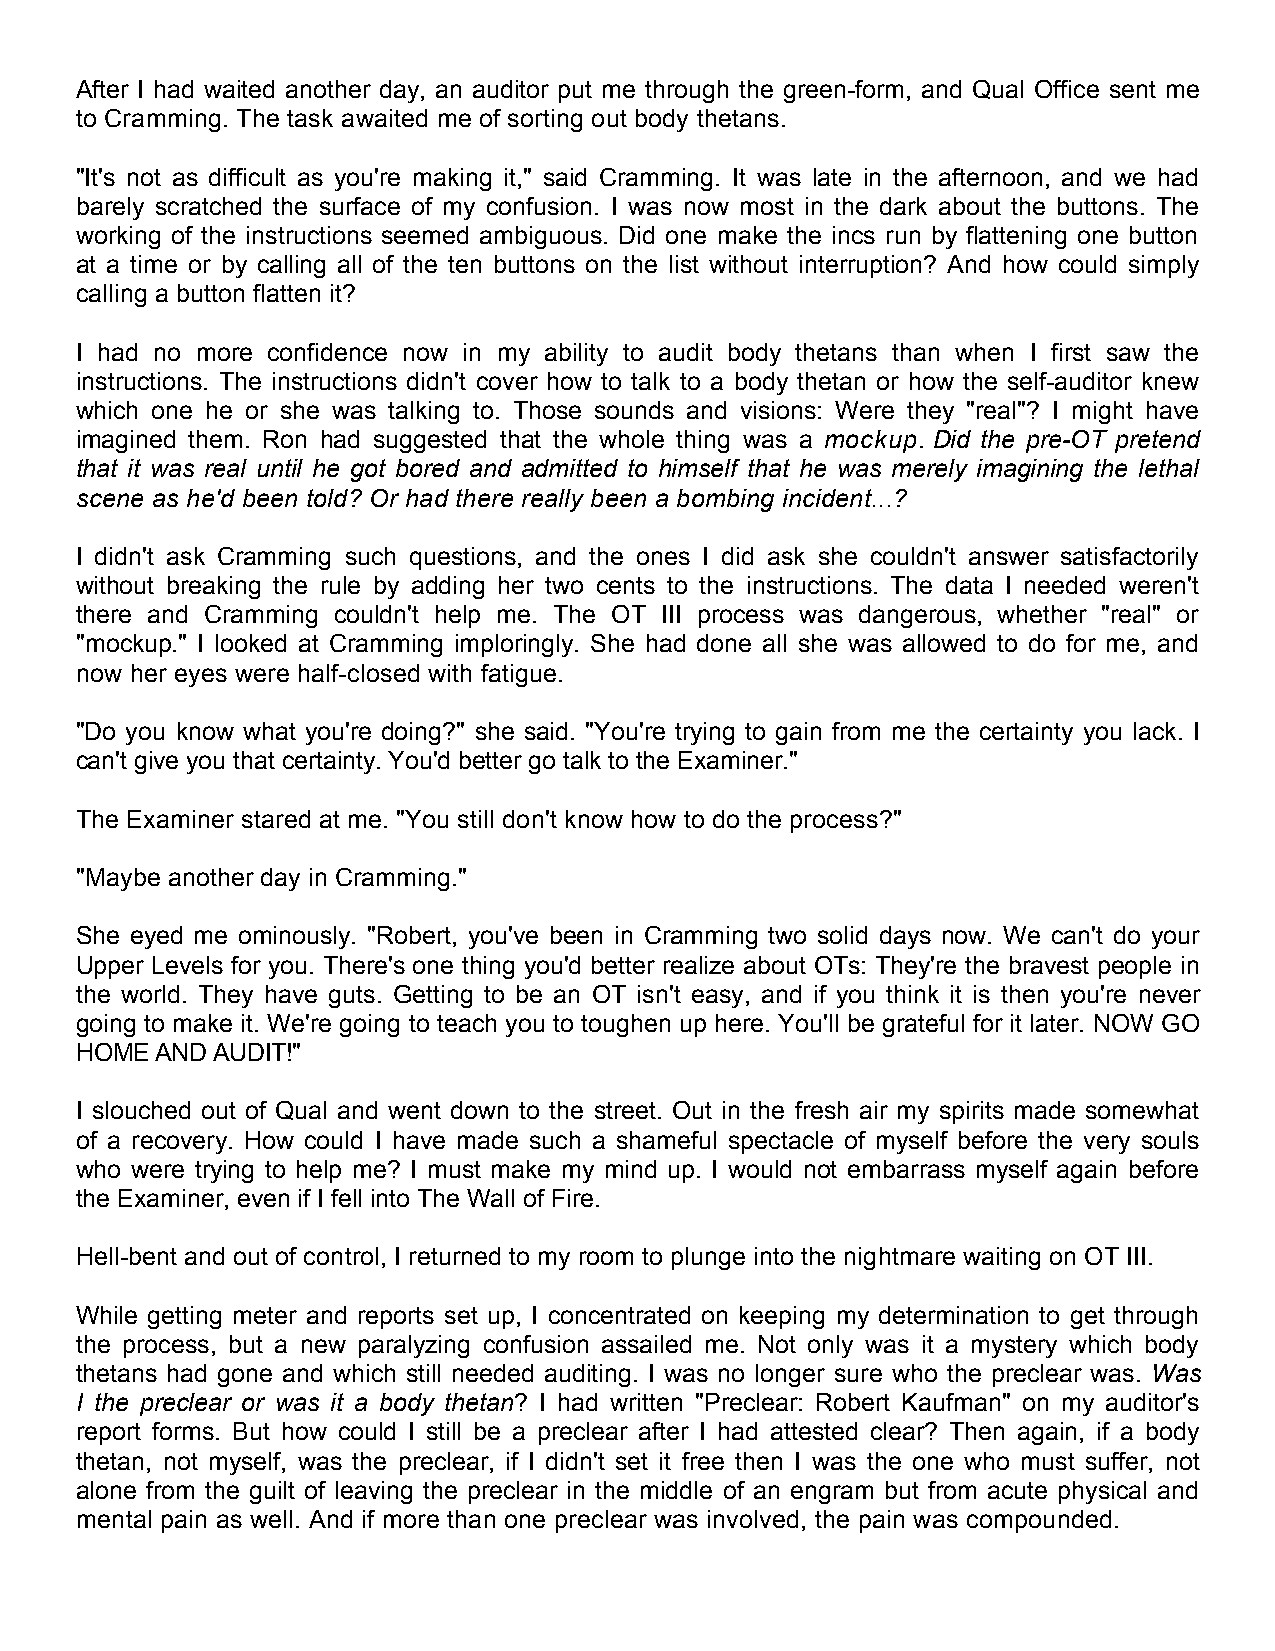
After I had waited another day, an auditor put me through the green-form, and Qual Office sent me
 to Cramming. The task awaited me of sorting out body thetans.
 "It's not as difficult as you're making it," said Cramming. It was late in the afternoon, and we had
 barely scratched the surface of my confusion. I was now most in the dark about the buttons. The
 working of the instructions seemed ambiguous. Did one make the incs run by flattening one button
 at a time or by calling all of the ten buttons on the list without interruption? And how could simply
 calling a button flatten it?
 I had no more confidence now in my ability to audit body thetans than when I first saw the
 instructions. The instructions didn't cover how to talk to a body thetan or how the self-auditor knew
 which one he or she was talking to. Those sounds and visions: Were they "real"? I might have
 imagined them. Ron had suggested that the whole thing was a mockup. Did the pre-OT pretend
 that it was real until he got bored and admitted to himself that he was merely imagining the lethal
 scene as he'd been told? Or had there really been a bombing incident...?
 I didn't ask Cramming such questions, and the ones I did ask she couldn't answer satisfactorily
 without breaking the rule by adding her two cents to the instructions. The data I needed weren't
 there and Cramming couldn't help me. The OT III process was dangerous, whether "real" or
 "mockup." I looked at Cramming imploringly. She had done all she was allowed to do for me, and
 now her eyes were half-closed with fatigue.
 "Do you know what you're doing?" she said. "You're trying to gain from me the certainty you lack. I
 can't give you that certainty. You'd better go talk to the Examiner."
 The Examiner stared at me. "You still don't know how to do the process?"
 "Maybe another day in Cramming."
 She eyed me ominously. "Robert, you've been in Cramming two solid days now. We can't do your
 Upper Levels for you. There's one thing you'd better realize about OTs: They're the bravest people in
 the world. They have guts. Getting to be an OT isn't easy, and if you think it is then you're never
 going to make it. We're going to teach you to toughen up here. You'll be grateful for it later. NOW GO
 HOME AND AUDIT!"
 I slouched out of Qual and went down to the street. Out in the fresh air my spirits made somewhat
 of a recovery. How could I have made such a shameful spectacle of myself before the very souls
 who were trying to help me? I must make my mind up. I would not embarrass myself again before
 the Examiner, even if I fell into The Wall of Fire.
 Hell-bent and out of control, I returned to my room to plunge into the nightmare waiting on OT III.
 While getting meter and reports set up, I concentrated on keeping my determination to get through
 the process, but a new paralyzing confusion assailed me. Not only was it a mystery which body
 thetans had gone and which still needed auditing. I was no longer sure who the preclear was. Was
 I the preclear or was it a body thetan? I had written "Preclear: Robert Kaufman" on my auditor's
 report forms. But how could I still be a preclear after I had attested clear? Then again, if a body
 thetan, not myself, was the preclear, if I didn't set it free then I was the one who must suffer, not
 alone from the guilt of leaving the preclear in the middle of an engram but from acute physical and
 mental pain as well. And if more than one preclear was involved, the pain was compounded.